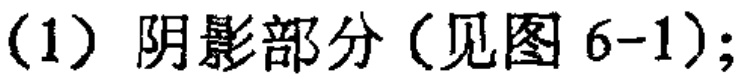
（1）阴影部分（见图 6-1）;